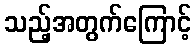
သည့်အတွက်ကြောင့်